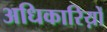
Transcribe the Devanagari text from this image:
अधिकारिय़ों